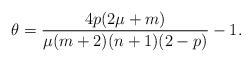
LaTeX: \begin{align*} \theta=\frac{4p(2\mu +m)}{\mu(m+2)(n+1)(2-p)} -1.\end{align*}